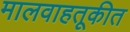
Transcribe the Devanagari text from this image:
मालवाहतूकीत